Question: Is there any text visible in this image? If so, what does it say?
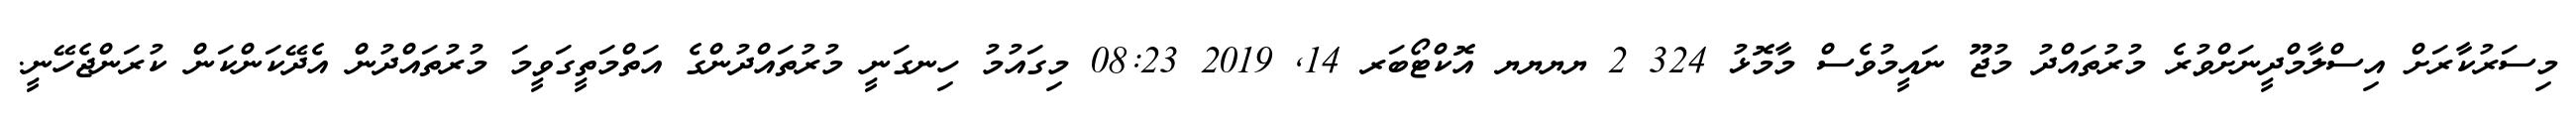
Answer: މިސަރުކާރަށް އިސްލާމްދީނަށްވުރެ މުރުތައްދު މުޖޫ ނައީމުވެސް މާމޮޅު 324 2 ޔޔޔޔ އޮކްޓޯބަރ 14, 2019 08:23 މިގައުމު ހިނގަނީ މުރުތައްދުންގެ އަތްމަތީގަވީމަ މުރުތައްދުން އެދޭކަންކަން ކުރަންޖެހޭނީ.